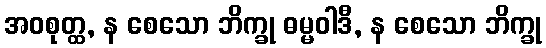
အဝစုတ္ထ, န စေသော ဘိက္ခု ဓမ္မဝါဒီ, န စေသော ဘိက္ခု